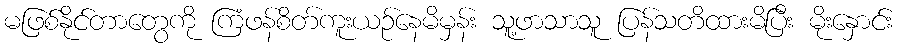
မဖြစ်နိုင်တာတွေကို ကြံဖန်စိတ်ကူးယဉ်နေမိမှန်း သူ့ဖာသာသူ ပြန်သတိထားမိပြီး မိုးနှောင်း